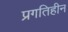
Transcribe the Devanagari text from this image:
प्रगतिहीन